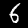
Label: 6